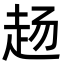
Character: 𬦅